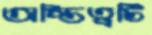
অস্তিত্বটি